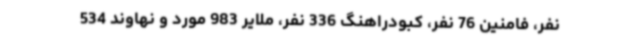
نفر، فامنین 76 نفر، کبودراهنگ 336 نفر، ملایر 983 مورد و نهاوند 534